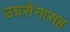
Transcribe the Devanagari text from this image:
उग्रसेनासह